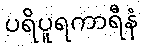
ပရိပူရကာရီနံ